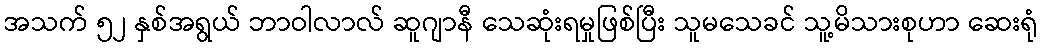
အသက် ၅၂ နှစ်အရွယ် ဘာဝါလာလ် ဆူဂျာနီ သေဆုံးရမှုဖြစ်ပြီး သူမသေခင် သူ့မိသားစုဟာ ဆေးရုံ